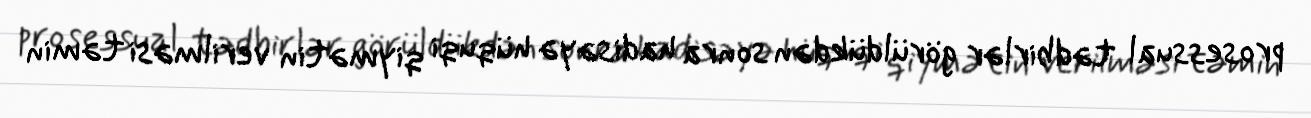
prosessual tədbirlər görüldükdən sonra hadisəyə hüquqi qiymətin verilməsi təmin